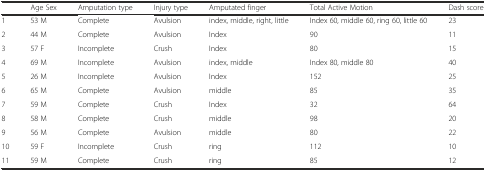
|  | Age Sex | Amputation type | Injury type | Amputated finger | Total Active Motion | Dash score |
 | --- | --- | --- | --- | --- | --- | --- |
 | 1 | 53 M | Complete | Avulsion | index, middle, right, little | Index 60, middle 60, ring 60, little 60 | 23 |
 | 2 | 44 M | Complete | Avulsion | Index | 90 | 11 |
 | 3 | 57 F | Incomplete | Crush | Index | 80 | 15 |
 | 4 | 69 M | Incomplete | Avulsion | index, middle | Index 80, middle 80 | 40 |
 | 5 | 26 M | Incomplete | Avulsion | Index | 152 | 25 |
 | 6 | 65 M | Complete | Avulsion | middle | 85 | 35 |
 | 7 | 59 M | Complete | Crush | Index | 32 | 64 |
 | 8 | 58 M | Complete | Crush | middle | 98 | 20 |
 | 9 | 56 M | Complete | Avulsion | middle | 80 | 22 |
 | 10 | 59 F | Incomplete | Crush | ring | 112 | 10 |
 | 11 | 59 M | Complete | Crush | ring | 85 | 12 |